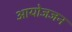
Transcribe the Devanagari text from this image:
आयोजजन